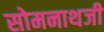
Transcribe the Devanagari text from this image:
सोमनाथजी